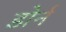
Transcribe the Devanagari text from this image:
डोर्न